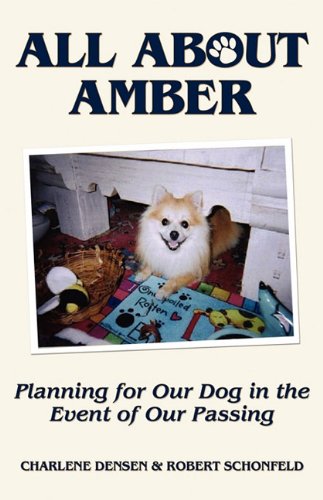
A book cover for All About Amber: Planning for our dog in the event of our passing; Charlene Densen; Crafts, Hobbies & Home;